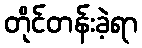
တိုင်တန်းခဲ့ရာ